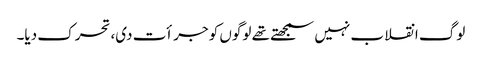
لوگ انقلاب نہیں سمجھتے تھے لوگوں کو جرأت دی، تحرک دیا۔